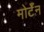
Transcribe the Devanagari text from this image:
मोर्टॅन